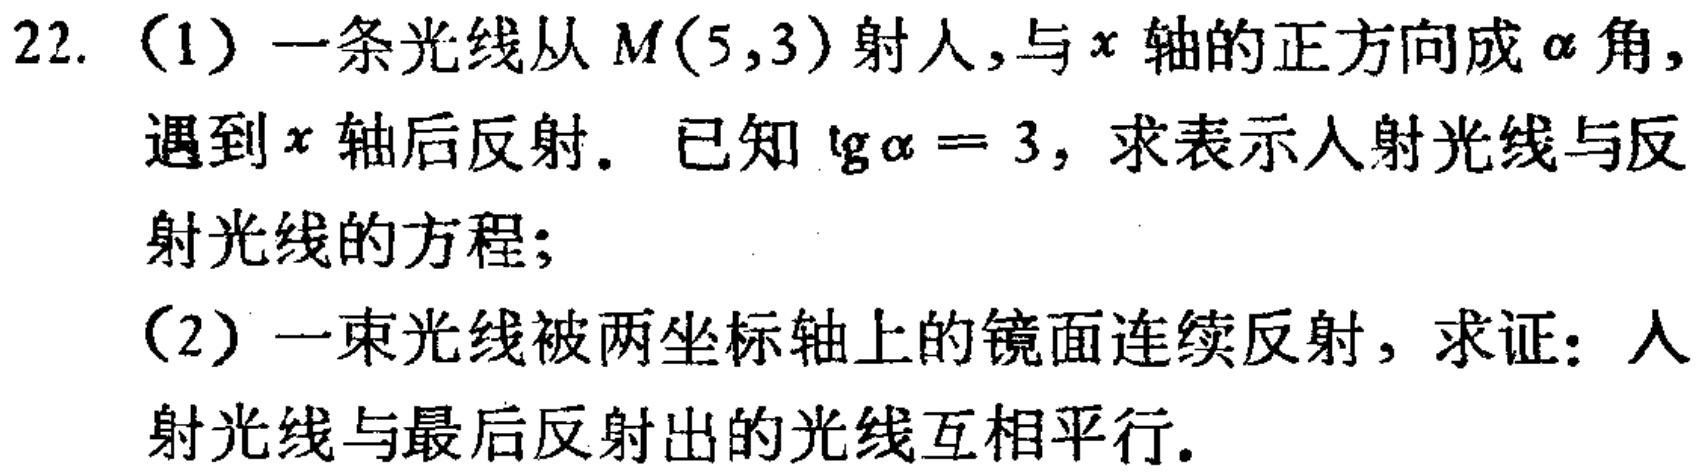
22.
(1) 一条光线从 \(M(5,3)\) 射人,与 \(x\) 轴的正方向成 \(\alpha\) 角, 遇到 \(x\) 轴后反射. 已知 \(\tg\alpha = 3\), 求表示人射光线与反射光线的方程;
(2) 一束光线被两坐标轴上的镜面连续反射, 求证: 人射光线与最后反射出的光线互相平行.